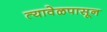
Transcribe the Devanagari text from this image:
त्यावेळपासून